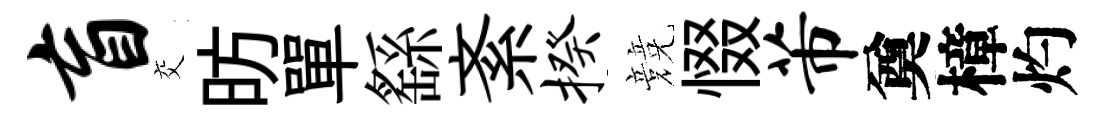
盲交昉單繇紊揆競惙芾奠樟灼